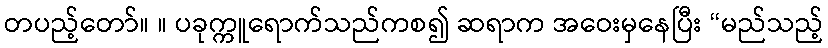
တပည့်တော်။ ။ ပခုက္ကူရောက်သည်ကစ၍ ဆရာက အဝေးမှနေပြီး “မည်သည့်